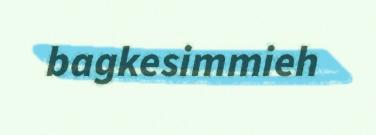
bagkesimmieh